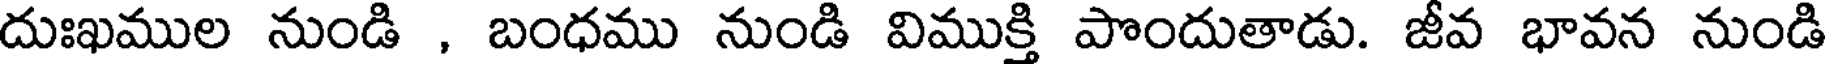
దుఃఖముల నుండి , బంధము నుండి విముక్తి పొందుతాడు. జీవ భావన నుండి